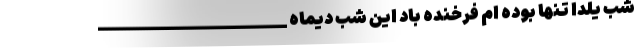
شبِ یلدا تنها بوده ام فرخنده باد این شبِ دیماه _____________________